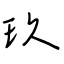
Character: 玖